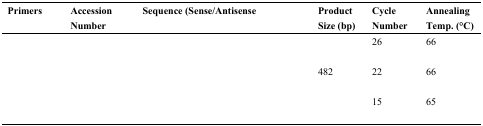
<table><thead><tr><td><b>Primers</b></td><td><b>Accession Number</b></td><td><b>Sequence (Sense/Antisense</b></td><td><b>Product Size (bp)</b></td><td><b>Cycle Number</b></td><td><b>Annealing Temp. (°C)</b></td></tr></thead><tbody><tr><td>[EMPTY_CELL]</td><td>[EMPTY_CELL]</td><td>[EMPTY_CELL]</td><td>[EMPTY_CELL]</td><td>26</td><td>66</td></tr><tr><td>[EMPTY_CELL]</td><td>[EMPTY_CELL]</td><td>[EMPTY_CELL]</td><td>482</td><td>22</td><td>66</td></tr><tr><td>[EMPTY_CELL]</td><td>[EMPTY_CELL]</td><td>[EMPTY_CELL]</td><td>[EMPTY_CELL]</td><td>15</td><td>65</td></tr></tbody></table>